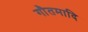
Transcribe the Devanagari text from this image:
गौतमादि